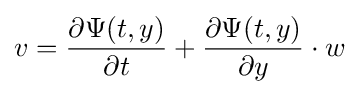
v={\frac {\partial \Psi (t,y)}{\partial t}}+{\frac {\partial \Psi (t,y)}{\partial y}}\cdot w